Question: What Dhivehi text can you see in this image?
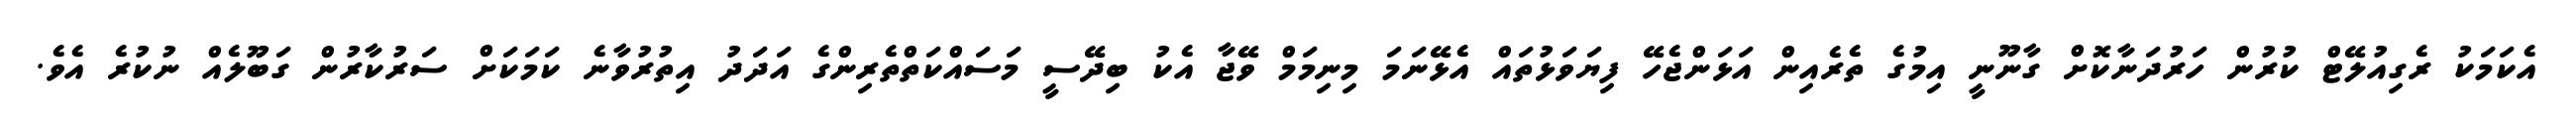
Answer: އެކަމަކު ރެގިއުލޭޓް ކުރުން ހަރުދަނާކޮށް ގާނޫނީ އިމުގެ ތެރެއިން އަޅަންޖެހޭ ފިޔަވަޅުތައް އެޅޭނަމަ މިނިމަމް ވޭޖާ އެކު ބިދޭސީ މަސައްކަތްތެރިންގެ އަދަދު އިތުރުވާނެ ކަމަކަށް ސަރުކާރުން ގަބޫލެއް ނުކުރެ އެވެ.